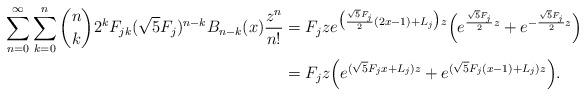
LaTeX: \begin{align*}\sum_{n=0}^\infty \sum_{k=0}^n {n\choose k} 2^k F_{jk} (\sqrt{5}F_j)^{n-k} B_{n-k}(x) \frac{z^n}{n!}& = F_j z e^{\big(\frac{\sqrt{5}F_j}{2}(2x-1) + L_j\big) z}\Big (e^{\frac{\sqrt{5}F_j}{2} z} + e^{-\frac{\sqrt{5}F_j}{2}z}\Big ) \\& = F_j z \Big (e^{(\sqrt{5}F_j x + L_j) z} + e^{(\sqrt{5}F_j(x-1) + L_j)z}\Big ).\end{align*}